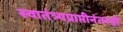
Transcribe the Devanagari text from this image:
स्वातंत्र्यप्राप्तीनंतरही